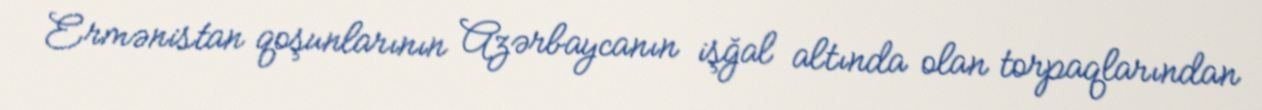
Ermənistan qoşunlarının Azərbaycanın işğal altında olan torpaqlarından